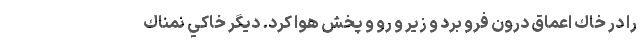
را در خاك اعماق درون فرو برد و زير و رو و پخش هوا كرد. ديگر خاكي نمناك